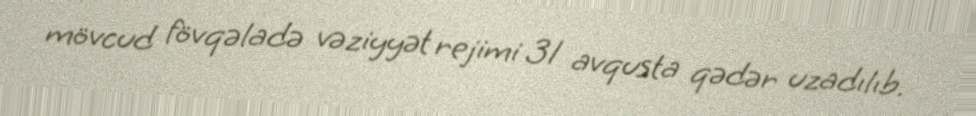
mövcud fövqəladə vəziyyət rejimi 31 avqusta qədər uzadılıb.